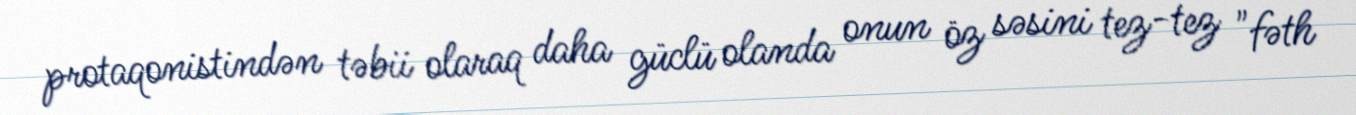
protaqonistindən təbii olaraq daha güclü olanda onun öz səsini tez-tez "fəth